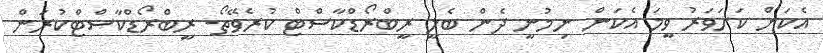
އެކަން ކަށަވަރު ވީމަ އެކަން ނިމުނީ ދެން ބެލީ ރީބްރޯޑްކާސްޓް ކުރެވޭތޯ. ރީބްރޯޑްކާސްޓްކުރަން